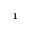
^ { 1 }